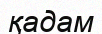
қадам